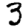
Digit: 3